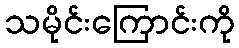
သမိုင်းကြောင်းကို